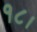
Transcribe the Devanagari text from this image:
१८।